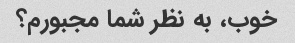
خوب، به نظر شما مجبورم؟